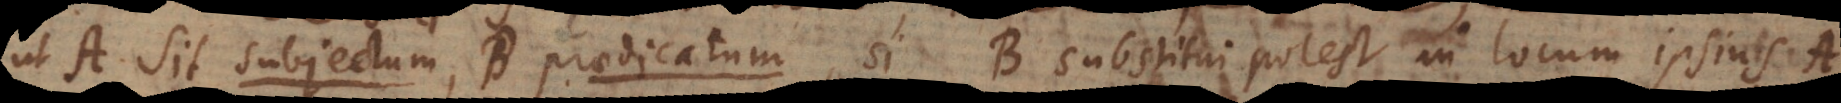
A sit subjectum, B praedicatum, si B substitui potest in locum ipsius A